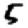
Digit: 5